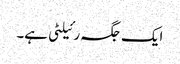
ایک جگہ رئیلٹی ہے۔